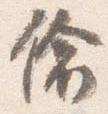
偸